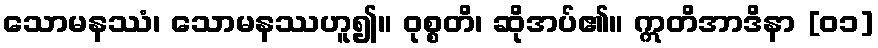
သောမနဿံ၊ သောမနဿဟူ၍။ ဝုစ္စတိ၊ ဆိုအပ်၏။ ဣတိအာဒိနာ [၀၁]